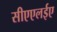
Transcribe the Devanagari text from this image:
सीएएलईए